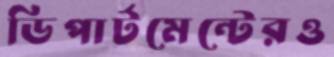
ডিপার্টমেন্টেরও